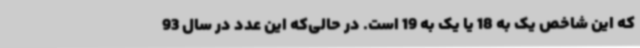
که این شاخص یک به 18 یا یک به 19 است. در حالی‌که این عدد در سال 93